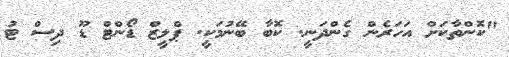
"ކޮންތާކަށް އަހަރެން ގެންދަނީ. ކޮބާ ބޭނުމަކީ. ޕްލީޒް ޑޯންޓް ޑޫ ދިސް ޓު